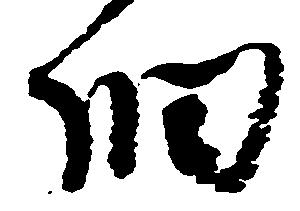
細